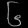
Digit: ၆